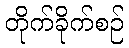
တိုက်ခိုက်စဉ်